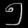
Digit: ၅